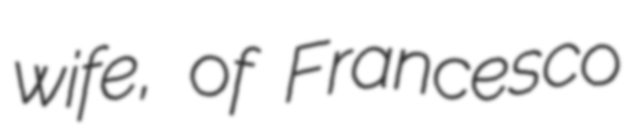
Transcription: wife, of Francesco